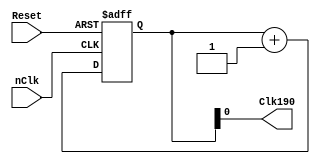
`timescale 1ns / 1ps
//////////////////////////////////////////////////////////////////////////////////
// Company: 
// 
// Design Name: 
// Module Name: Clk_div_190
// Project Name: 
// Target Devices: 
// Tool Versions: 
// Description: 
// 
// Dependencies: 
// 
// Revision:
// Revision 0.01 - File Created
// Additional Comments:
// 
//////////////////////////////////////////////////////////////////////////////////


module Clk_div_190(input nClk,
                   input Reset,
                   output Clk190
    );
    
    reg [18:0] Clk_Div;
    
    
    always@(posedge nClk, posedge Reset) 
    begin
         if (Reset==1)
            Clk_Div=0;
         else
            Clk_Div=Clk_Div+1;
    end
    
    assign Clk190 = Clk_Div;
    
endmodule